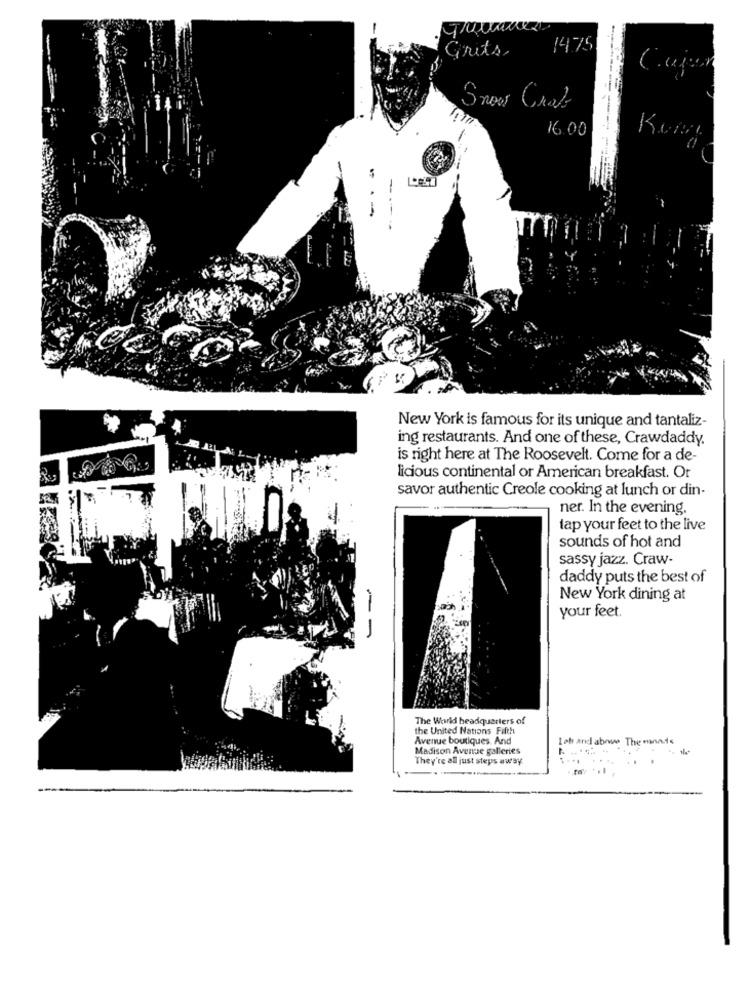
Grits
14.75
Snow Chak
16.00
New York is famous for its unique and tantaliz-
ing restaurants. And one of these, Crawdaddy.
is right here at The Roosevelt. Come for a de-
licious continental or American breakfast. Or
savor authentic Creole cooking at lunch or din-
ner. In the evening.
lap your feet to the live
sounds of hot and
sassy jazz. Craw-
daddy puts the best of
New York dining at
your feet.
The World headquarters of
the United Nations Fifth
Avenue boutiques. And
Lett and above The minade
Madison Avenue galleries
They're all just steps away